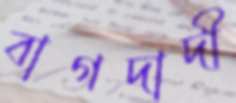
বাগদাদী